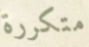
متكررة